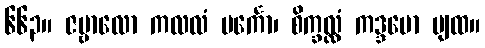
၆၆၃။ ဇမ္ဗာလော ကလလံ ပင်္ကော၊ စိက္ခလ္လံ ကဒ္ဒမော ပျထ။